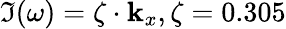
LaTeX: \Im(\omega)=\zeta\cdot\mathbf{k}_{x},\zeta=0.305